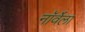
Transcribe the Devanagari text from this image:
नॉर्वेला